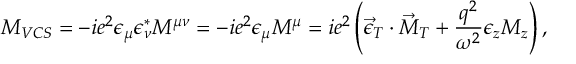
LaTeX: { \cal M } _ { V C S } = - i e ^ { 2 } \epsilon _ { \mu } \epsilon _ { \nu } ^ { \ast } M ^ { \mu \nu } = - i e ^ { 2 } \epsilon _ { \mu } M ^ { \mu } = i e ^ { 2 } \left( \vec { \epsilon } _ { T } \cdot \vec { M } _ { T } + \frac { q ^ { 2 } } { \omega ^ { 2 } } \epsilon _ { z } M _ { z } \right) ,